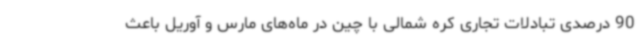
90 درصدی تبادلات تجاری کره شمالی با چین در ماه‌های مارس و آوریل باعث